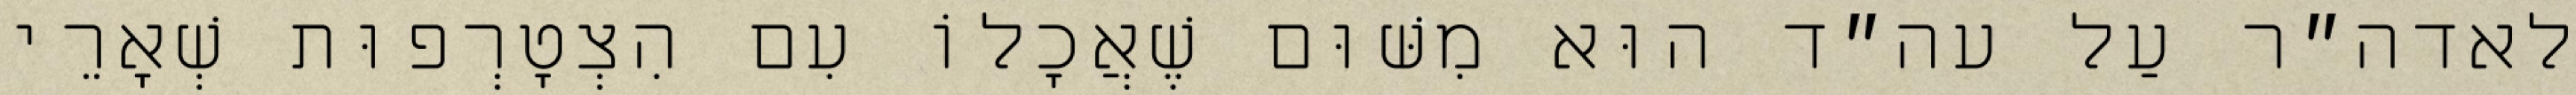
לאדה״ר עַל עה״ד הוּא מִשּׁוּם שֶׁאֲכָלוֹ עִם הִצְטָרְפוּת שְׁאָרֵי